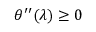
\theta ^ { \prime \prime } ( \lambda ) \geq 0